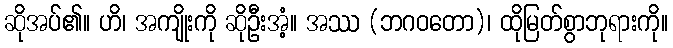
ဆိုအပ်၏။ ဟိ၊ အကျိုးကို ဆိုဦးအံ့။ အဿ (ဘဂဝတော)၊ ထိုမြတ်စွာဘုရားကို။